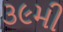
૩૯મી